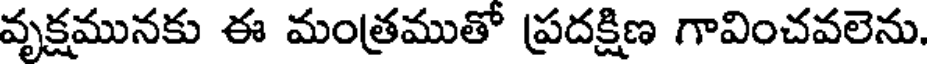
వృక్షమునకు ఈ మంత్రముతో ప్రదక్షిణ గావించవలెను.